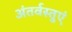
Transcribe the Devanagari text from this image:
अंतर्वस्तुएं